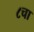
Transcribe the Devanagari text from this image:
८चा